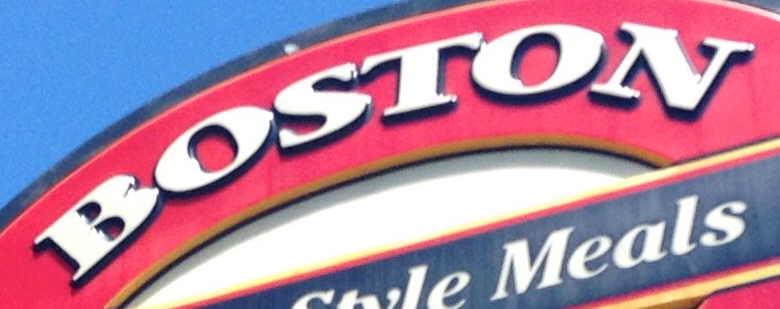
BOSTON